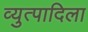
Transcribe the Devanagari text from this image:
व्युत्पादिला